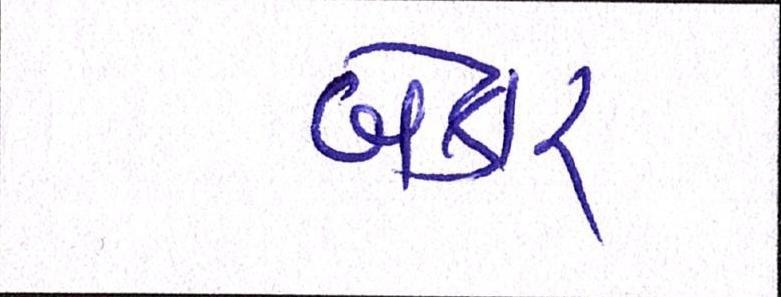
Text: બેકાર